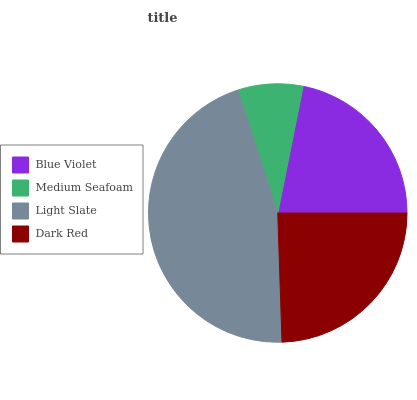
| Blue Violet | Medium Seafoam | Light Slate | Dark Red |
 | --- | --- | --- | --- |
 | 21.8% | 8.14% | 45.5% | 24.5% |